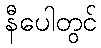
နီပေါတွင်